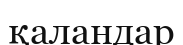
қаландар